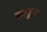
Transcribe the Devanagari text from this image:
काढू्न